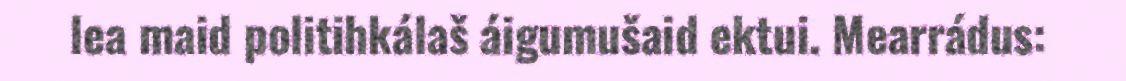
lea maid politihkálaš áigumušaid ektui. Mearrádus: